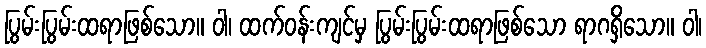
ပြွမ်းပြွမ်းထရာဖြစ်သော။ ဝါ၊ ထက်ဝန်းကျင်မှ ပြွမ်းပြွမ်းထရာဖြစ်သော ရာဂရှိသော။ ဝါ၊